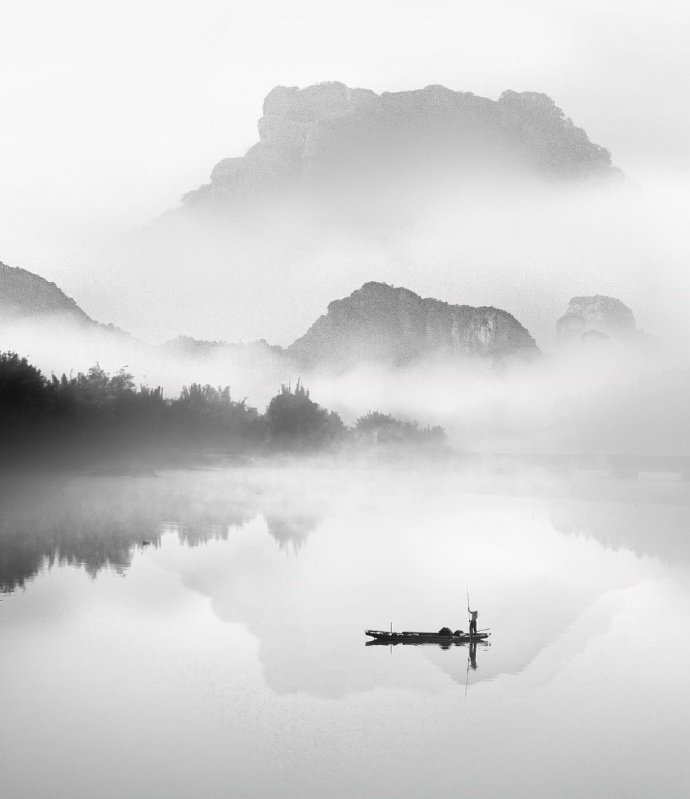
沧海月明珠有泪，蓝田日暖玉生烟。